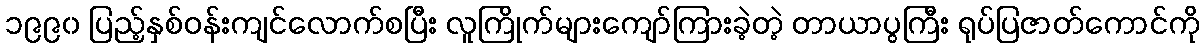
၁၉၉၀ ပြည့်နှစ်ဝန်းကျင်လောက်စပြီး လူကြိုက်များကျော်ကြားခဲ့တဲ့ တာယာပွကြီး ရုပ်ပြဇာတ်ကောင်ကို